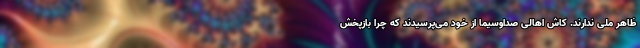
ظاهر ملی ندارند. کاش اهالی صداوسیما از خود می‌پرسیدند که چرا بازپخش